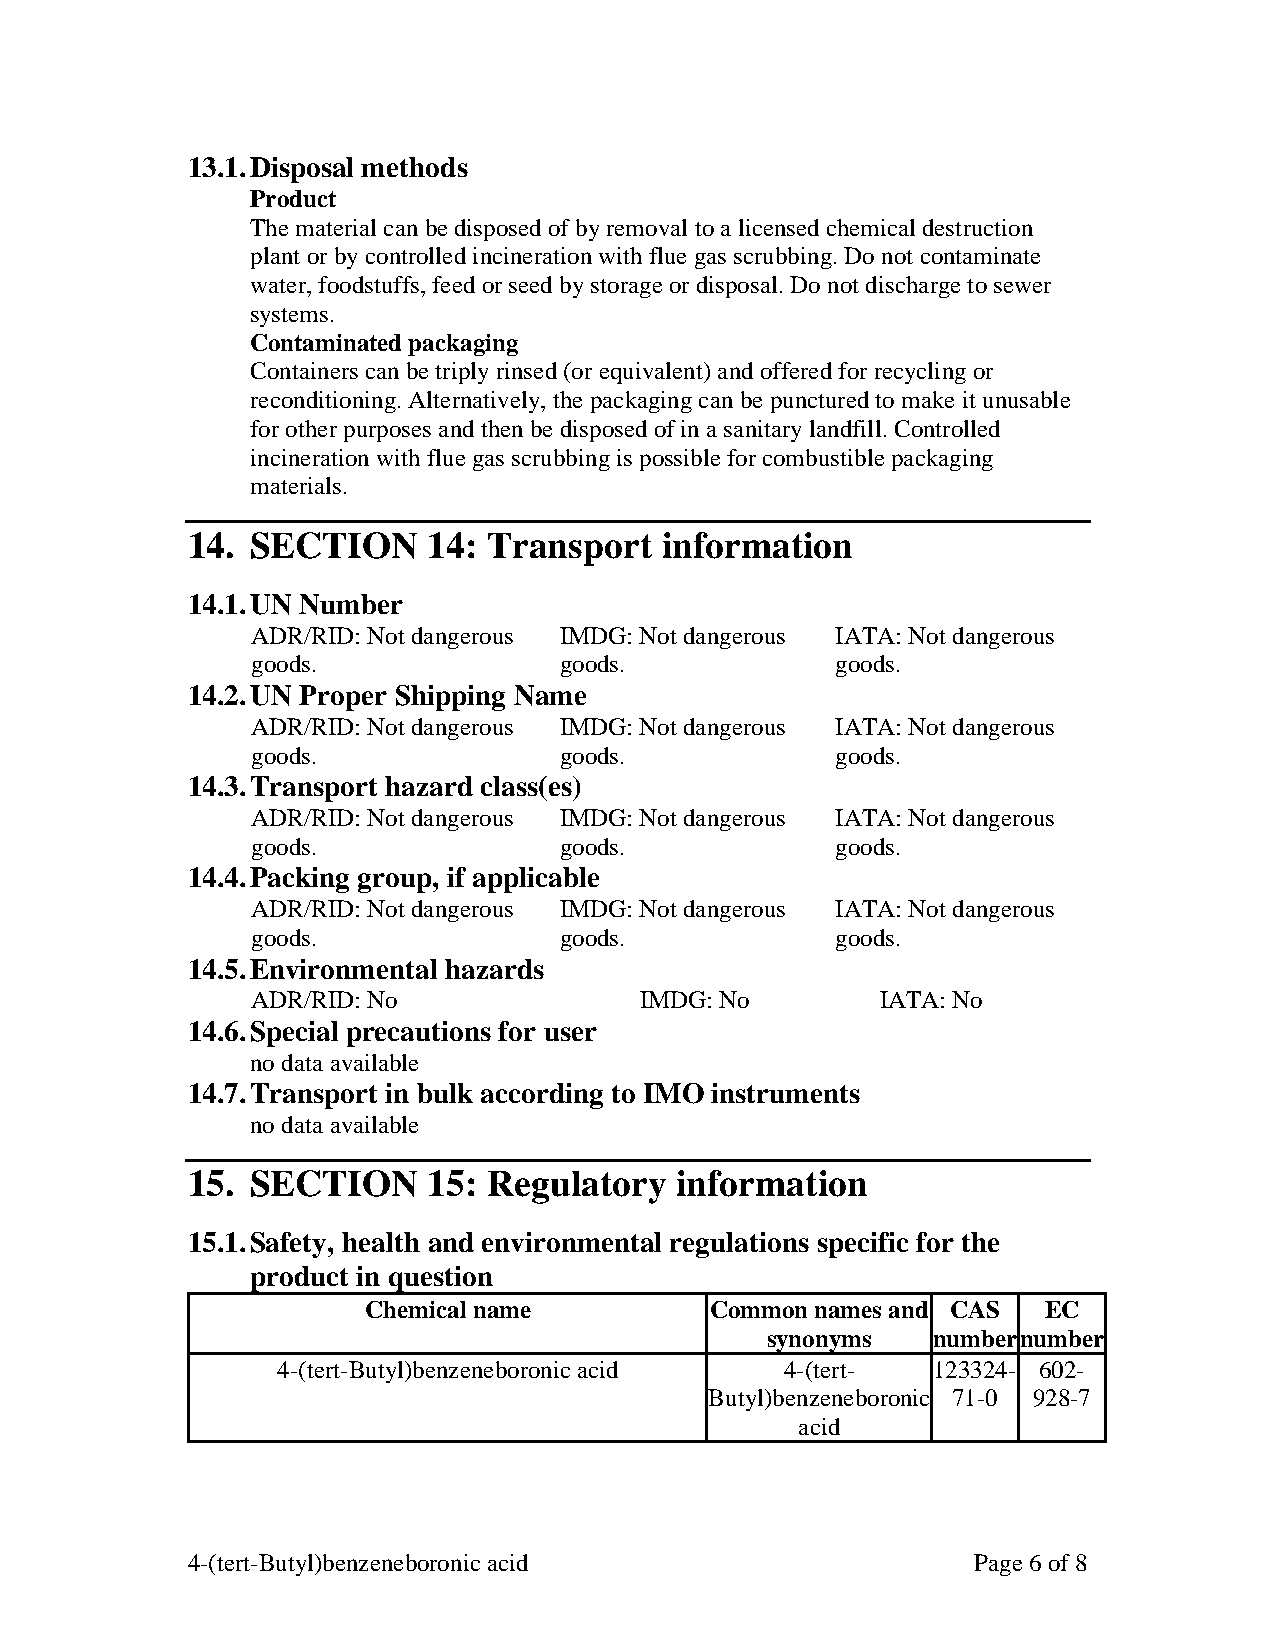
13.1. Disposal methods
 Product
 The material can be disposed of by removal to a licensed chemical destruction
 plant or by controlled incineration with flue gas scrubbing. Do not contaminate
 water, foodstuffs, feed or seed by storage or disposal. Do not discharge to sewer
 systems.
 Contaminated packaging
 Containers can be triply rinsed (or equivalent) and offered for recycling or
 reconditioning. Alternatively, the packaging can be punctured to make it unusable
 for other purposes and then be disposed of in a sanitary landfill. Controlled
 incineration with flue gas scrubbing is possible for combustible packaging
 materials.
 14.  SECTION    14: Transport   information
 14.1. UN Number
 ADR/RID: Not dangerous IMDG: Not dangerous IATA: Not dangerous
 goods.              goods.            goods.
 14.2. UN Proper Shipping Name
 ADR/RID: Not dangerous IMDG: Not dangerous IATA: Not dangerous
 goods.              goods.            goods.
 14.3. Transport hazard class(es)
 ADR/RID: Not dangerous IMDG: Not dangerous IATA: Not dangerous
 goods.              goods.            goods.
 14.4. Packing group, if applicable
 ADR/RID: Not dangerous IMDG: Not dangerous IATA: Not dangerous
 goods.              goods.            goods.
 14.5. Environmental hazards
 ADR/RID: No              IMDG: No        IATA: No
 14.6. Special precautions for user
 no data available
 14.7. Transport in bulk according to IMO instruments
 no data available
 15.  SECTION    15: Regulatory   information
 15.1. Safety, health and environmental regulations specific for the
 product in question
 Chemical name          Common names and CAS  EC
 synonyms   number number
 4-(tert-Butyl)benzeneboronic acid 4-(tert-  123324- 602-
 Butyl)benzeneboronic 71-0 928-7
 acid
 4-(tert-Butyl)benzeneboronic acid                   Page 6 of 8